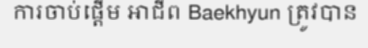
ការចាប់ផ្តើម អាជីព Baekhyun ត្រូវបាន